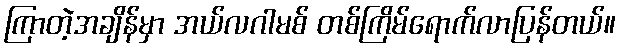
ကြာတဲ့အချိန်မှာ အယ်လဂါမစ် တစ်ကြိမ်ရောက်လာပြန်တယ်။